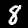
Label: 8